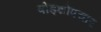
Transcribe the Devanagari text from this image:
षोड्शोपचार